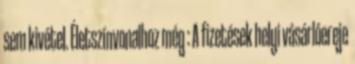
sem kivétel. Életszínvonalhoz még : A fizetések helyi vásárlóereje